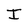
Character: I